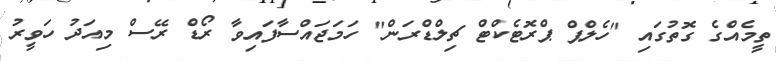
ތީމެއްގެ ގޮތުގައި "ހެލްޕް ޕްރޮޓެކްޓް ޗިލްޑްރަން" ހަމަޖައްސާފައިވާ ރޯޑް ރޭސް މިއަދު ހަވީރު